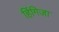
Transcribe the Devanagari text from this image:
हिंगिजा